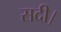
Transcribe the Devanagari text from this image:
सदी।